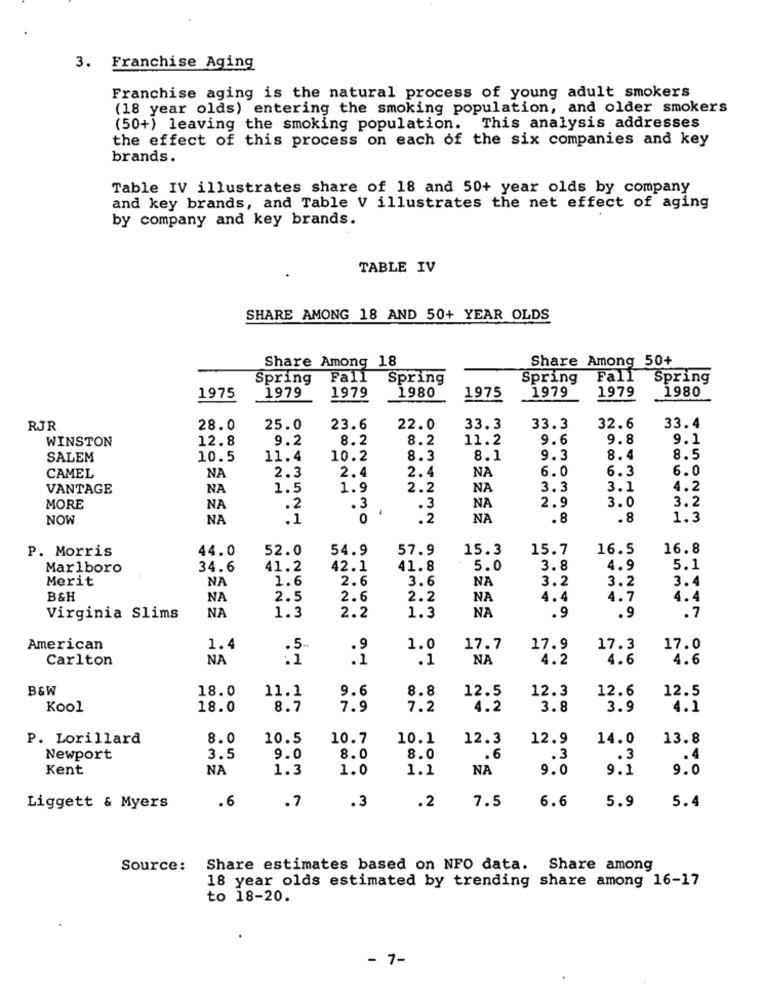
3. Franchise Aging
Franchise aging is the natural process of young adult smokers
(18 year olds) entering the smoking population, and older smokers
(50+) leaving the smoking population. This analysis addresses
the effect of this process on each of the six companies and key
brands.
Table IV illustrates share of 18 and 50+ year olds by company
and key brands, and Table V illustrates the net effect of aging
by company and key brands.
TABLE IV
SHARE AMONG 18 AND 50+ YEAR OLDS
Share Among 18
Share Among 50+
Spring
Fall
Spring
Spring
Fall
Spring
1979
1980
1979
1979
1980
1975
1979
1975
RJR
28.0
25.0
23.6
22.0
33.3
33.3
32.6
33.4
WINSTON
12.8
9.2
8.2
8.2
11.2
9.6
9.8
9.1
SALEM
10.5
11.4
10.2
8.3
8.1
9.3
8.4
8.5
NA
2.4
6.0
6.3
6.0
CAMEL
2.3
2.4
NA
VANTAGE
NA
1.5
1.9
2.2
NA
3.3
3.1
4.2
2.9
3.0
3.2
MORE
NA
.2
..
3
.3
NA
NOW
NA
.1
0
.2
NA
.8
.8
1.3
P. Morris
44.0
52.0
54.9
57.9
15.3
15.7
16.5
16.8
Marlboro
34.6
41.2
42.1
41.8
5.0
3.8
4.9
5.1
Merit
NA
1.6
2.6
3.6
NA
3.2
3.2
3.4
B&H
NA
2.5
2.6
2.2
NA
4.4
4.7
4.4
NA
NA
Virginia Slims
1.3
2.2
1.3
.9
.9
.7
American
1.4
.9
1.0
17.7
17.9
17.3
17.0
Carlton
NA
.1
NA
4.2
4.6
4.6
B&W
18.0
11.1
9.6
8.8
12.5
12.3
12.6
12.5
Kool
18.0
8.7
7.9
7.2
4.2
3.8
3.9
4.1
P. Lorillard
8.0
10.5
10.7
10.1
12.3
12.9
14.0
13.8
Newport
3.5
9.0
8.0
8.0
.6
.3
.3
.4
Kent
NA
1.3
1.0
1.1
NA
9.0
9.1
9.0
.6
.3
6.6
5.9
5.4
Liggett & Myers
.7
.2
7.5
Source:
Share estimates based on NFO data. Share among
18 year olds estimated by trending share among 16-17
to 18-20.
- 7-